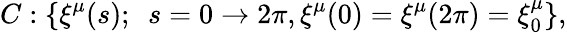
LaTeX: C:\{ \xi^{\mu}(s);\ \ s=0\rightarrow 2\pi,\xi^{\mu}(0)=\xi^{\mu}(2\pi)=\xi_{0}^{\mu}\} ,